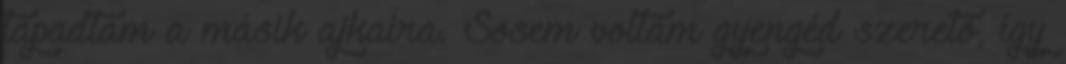
tapadtam a másik ajkaira. Sosem voltam gyengéd szerető, így